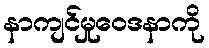
နာကျင်မှုဝေဒနာကို